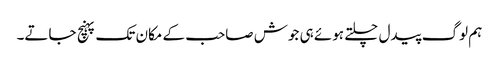
ہم لوگ پیدل چلتے ہوئے ہی جوش صاحب کے مکان تک پہنچ جاتے۔